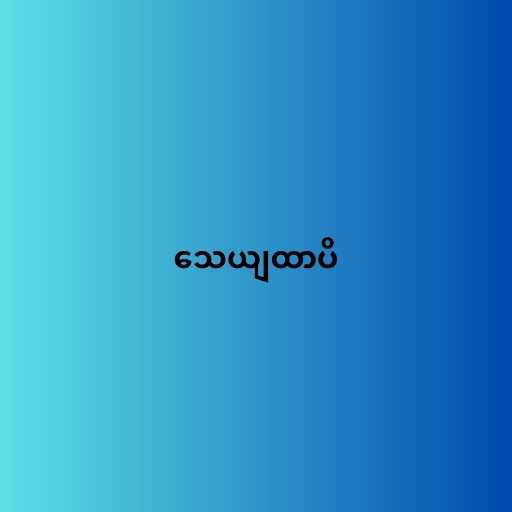
သေယျထာပိ